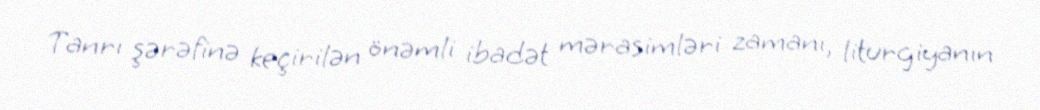
Tanrı şərəfinə keçirilən önəmli ibadət mərasimləri zamanı, liturgiyanın